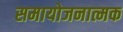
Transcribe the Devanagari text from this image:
समायोजनात्मक